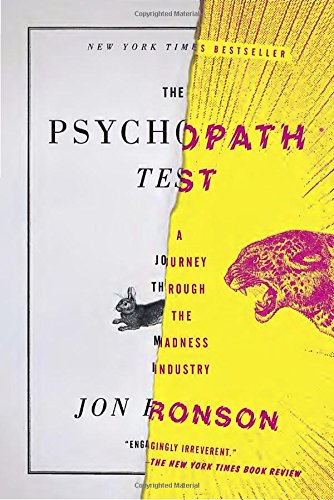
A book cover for The Psychopath Test: A Journey Through the Madness Industry; Jon Ronson; Humor & Entertainment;